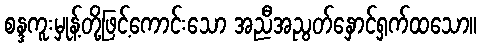
စန္ဒကူးမှုန့်တို့ဖြင့်ကောင်းသော အညီအညွတ်နှောင်ရှက်ထသော။